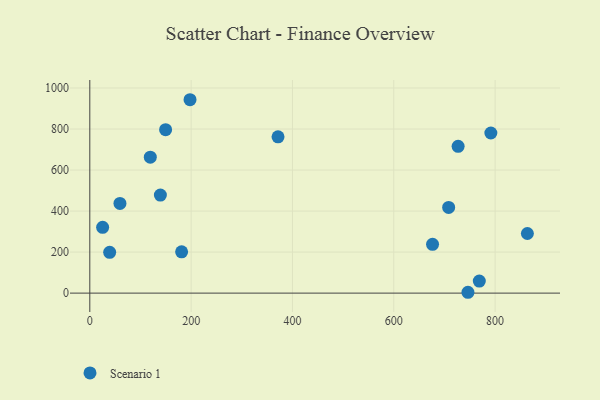
{"axis": {"x": "Ad Spend", "y": "Exam Score"}, "legend": ["Scenario 1"], "data": [{"x": "791.6", "y": 780.6, "type": "Scenario 1"}, {"x": "371.5", "y": 762.1, "type": "Scenario 1"}, {"x": "708.3", "y": 417.7, "type": "Scenario 1"}, {"x": "727.0", "y": 715.5, "type": "Scenario 1"}, {"x": "59.5", "y": 437.2, "type": "Scenario 1"}, {"x": "139.3", "y": 477.9, "type": "Scenario 1"}, {"x": "768.8", "y": 58.5, "type": "Scenario 1"}, {"x": "181.2", "y": 201.3, "type": "Scenario 1"}, {"x": "39.2", "y": 199.0, "type": "Scenario 1"}, {"x": "863.7", "y": 290.7, "type": "Scenario 1"}, {"x": "119.4", "y": 662.8, "type": "Scenario 1"}, {"x": "197.8", "y": 942.8, "type": "Scenario 1"}, {"x": "746.4", "y": 4.1, "type": "Scenario 1"}, {"x": "25.3", "y": 320.5, "type": "Scenario 1"}, {"x": "676.5", "y": 237.7, "type": "Scenario 1"}, {"x": "149.6", "y": 796.9, "type": "Scenario 1"}]}